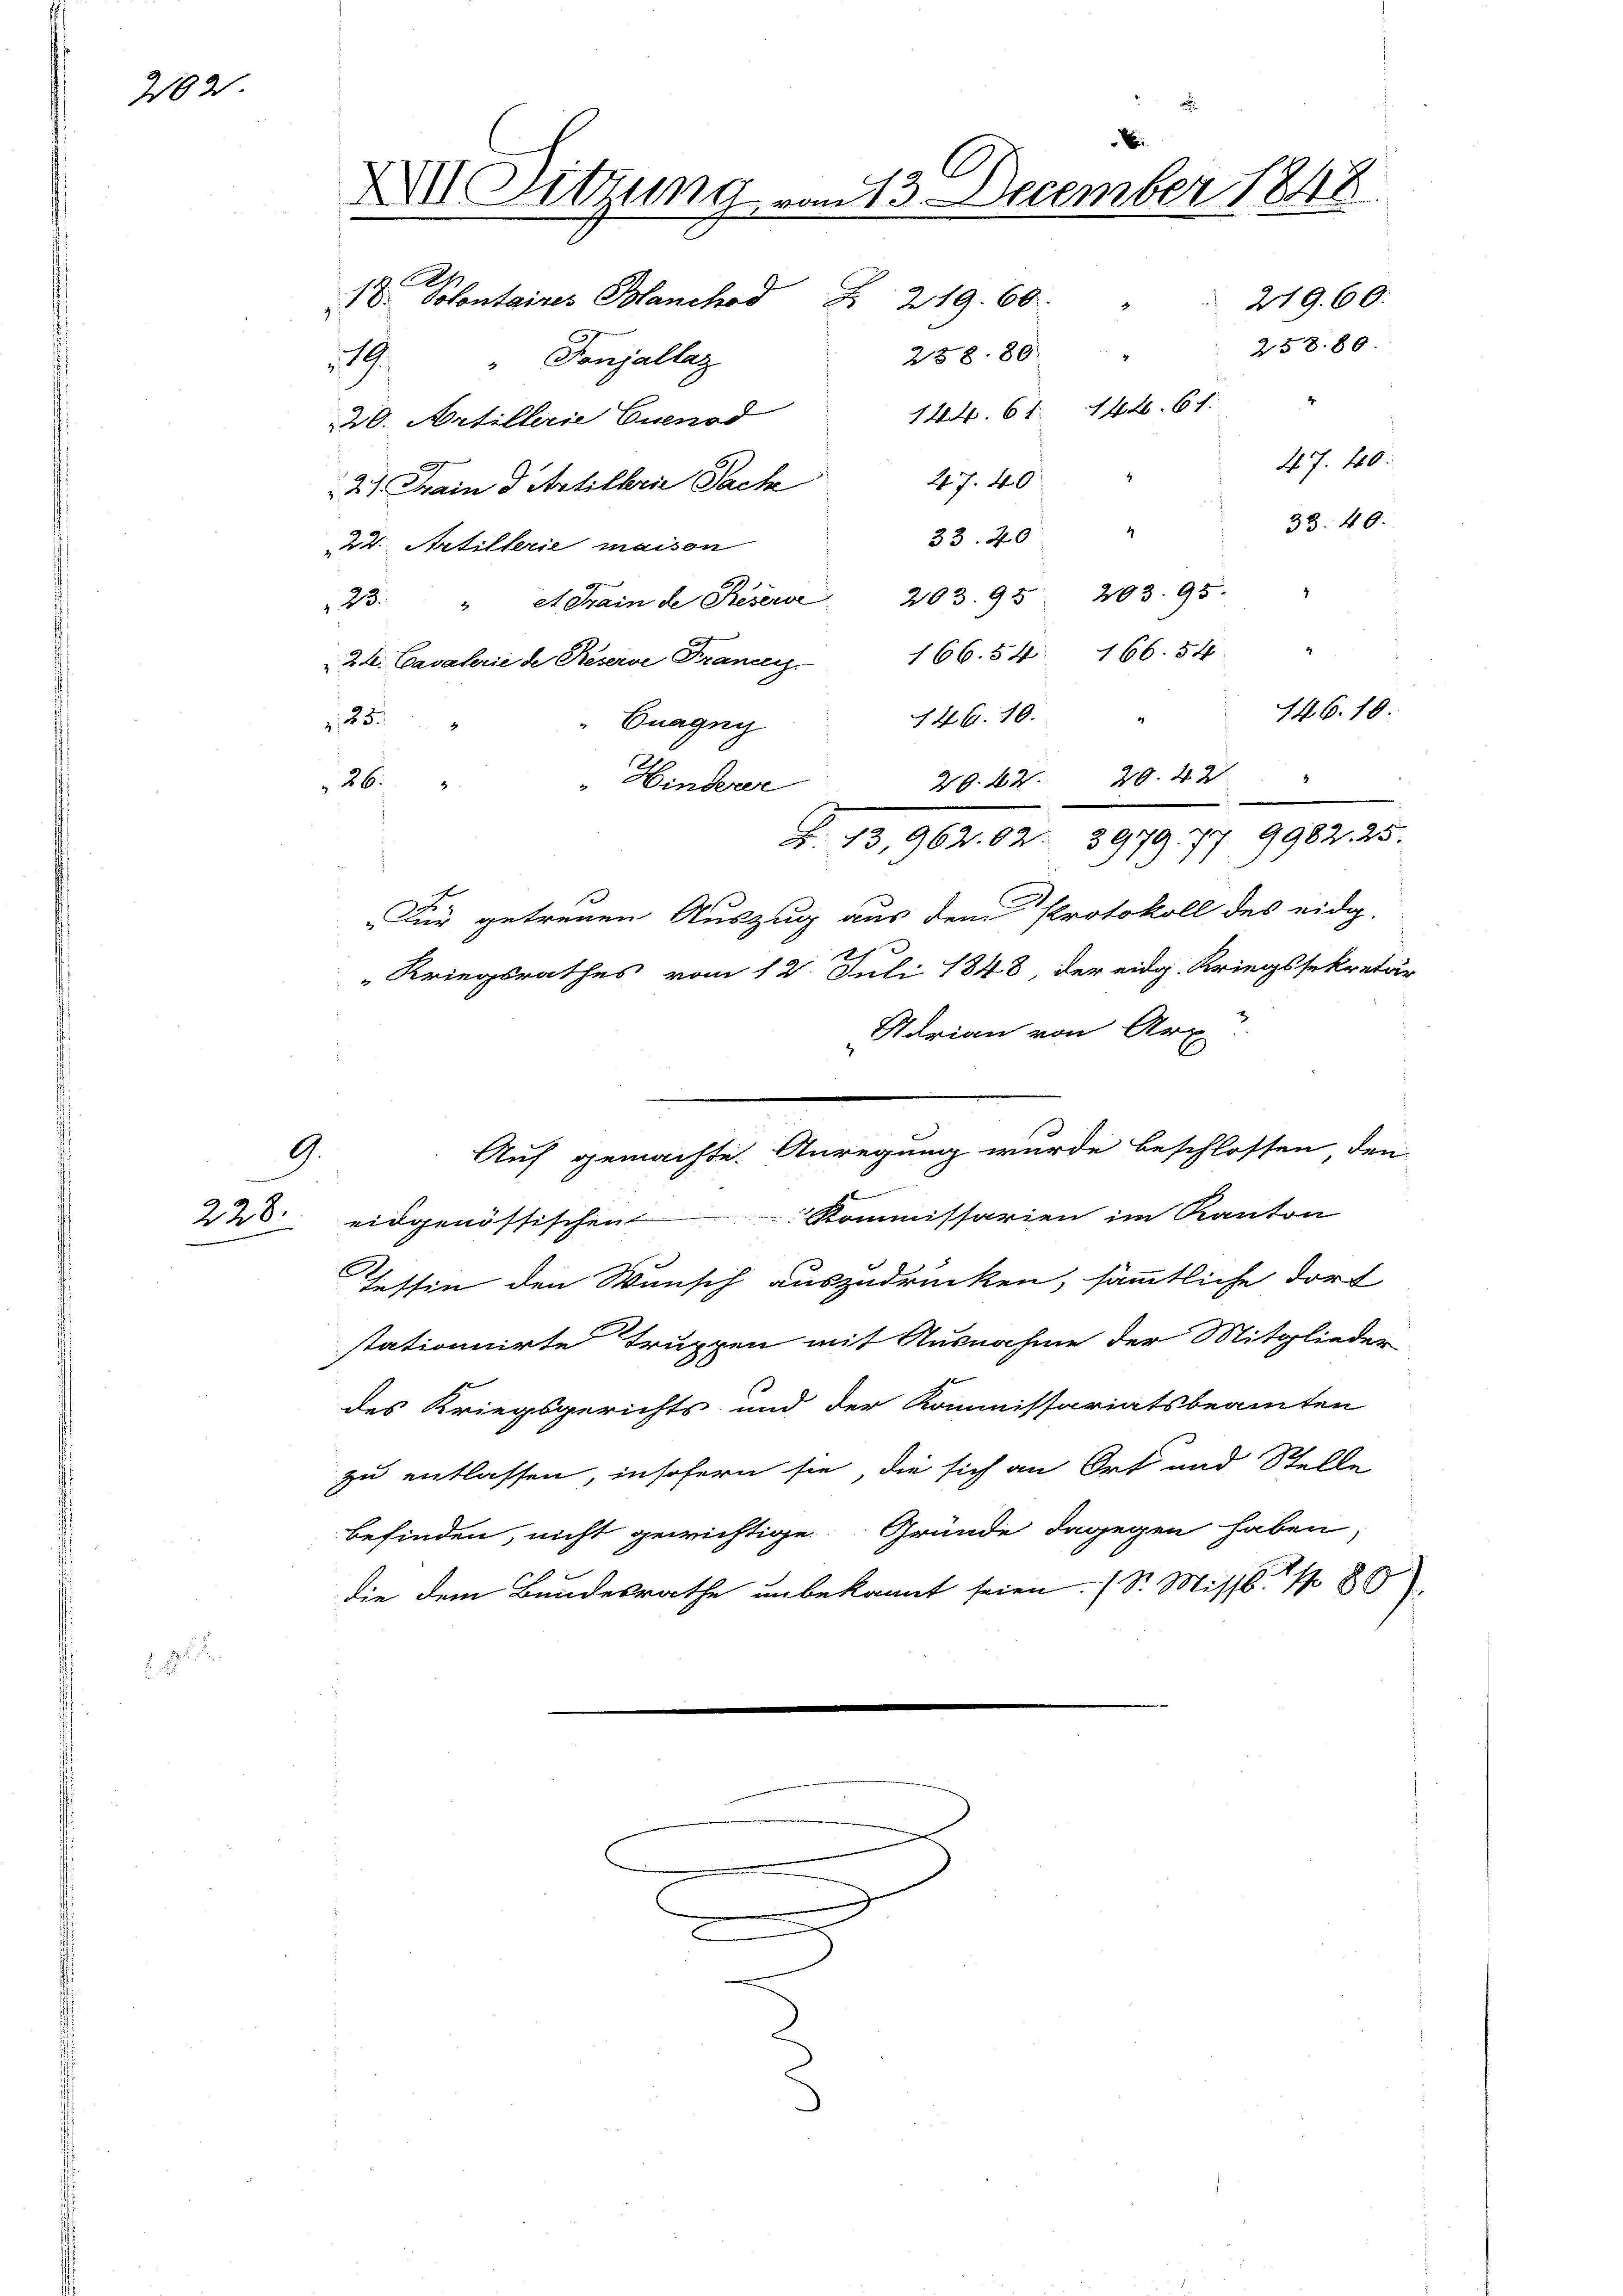
3102

33. 40
2 Artillerie maison
23. " et crain de Beserve 203. 95 203. 95.
4
2t. Cavaterie de Reserve Franz. 166. 54. 166. 54
146. 10.
12.G. 10.
25.
Cnagny
26.
"Hinderer
Für getreuen Auszug aus dem Protokoll des eidg.
Kriegsrathes vom 12. Juli 1848, der eidg. Kriegssekretär
Adrian von Art
2
Auf gemachte Anregung wurde beschlossen den
9.
u
Kommissarien im Kanton
eidgenössischen
Tessin den Wunsch auszudrücken, sämmtliche Dorf
stationnirte Truppen mit Ausnahme der Mitglieder
des Kriegsgerichts und der Kommissariatsbeamten
zu entlassen, insofern sie, die sich an Ort und Stelle
befinden, nicht gewichtige Gründe dagegen haben
die dem Bundesrathe unbekannt seien. (S. Missb. 180

228.

i
XII. Sitzung vom 13. December 1848
.
Z 219. 60
18. Solontaires Blanchod
219. 60.
258. 80.
238. 80
19 "Tonjallaz
144. 61. 144. 6 f.
20. Artillerie Cuenod
47. 40.
21. Chain Artilkrie Pack 47. 40 "
33. 40.
4

2

29. 42. 20. 421 "
Z. 13, 962. 62. 2979. 77 9982. 25.